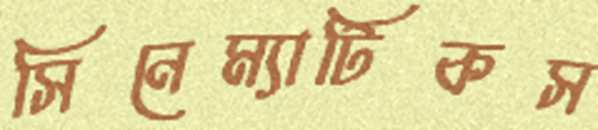
সিনেম্যাটিকস